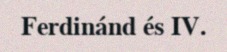
Ferdinánd és IV.